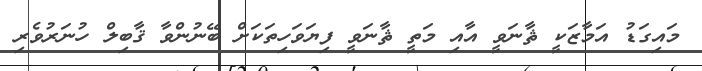
މައިގަޑު އަމާޒަކީ ޘާނަވީ އާއި މަތީ ޘާނަވީ ފިޔަވަހިތަކަށް ބޭނުންވާ ޤާބިލް ހުނަރުވެރި